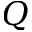
Q